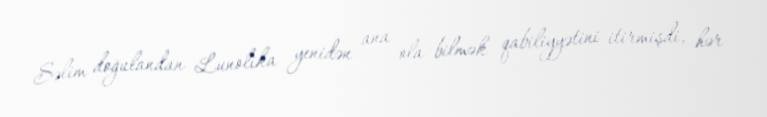
Səlim doğulandan Lunolika yenidən ana ola bilmək qabiliyyətini itirmişdi, hər